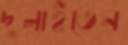
দুলাইতেন